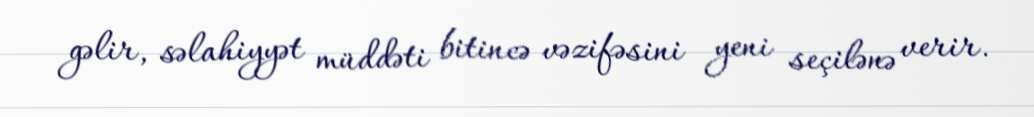
gəlir, səlahiyyət müddəti bitincə vəzifəsini yeni seçilənə verir.